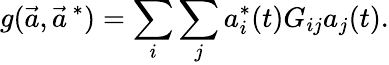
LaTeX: g(\vec{a},\vec{a}^{\, *})=\sum_{i}\sum_{j}a_{i}^{*}(t)G_{ij}a_{j}(t).